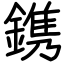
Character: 鎸